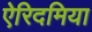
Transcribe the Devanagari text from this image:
ऐरिदमिया